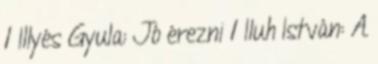
1 Illyés Gyula: Jó érezni 1 Iluh István: A